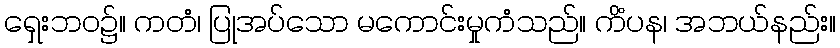
ရှေးဘဝ၌။ ကတံ၊ ပြုအပ်သော မကောင်းမှုကံသည်။ ကိံပန၊ အဘယ်နည်း။